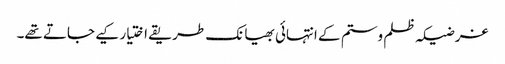
غرضیکہ ظلم وستم کے انتہائی بھیانک طریقے اختیار کیے جاتے تھے۔